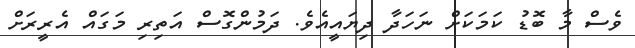
ވެސް މާ ބޮޑު ކަމަކަށް ނަހަދާ ދިޔައީއެވެ. ދަމުންގޮސް އަތިރި މަގައް އެރީރަށް